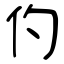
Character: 仢